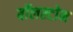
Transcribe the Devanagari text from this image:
बॉलस्टोन